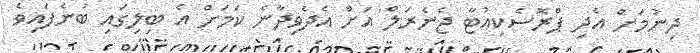
ދިނުމަށް އެދި ޕްރޮސެކިއުޓާ ޖެނެރަލް އަށް އެދެވިދާނެ ކަމަށް އެ ބިލިގައި ބުނެފައިވެ